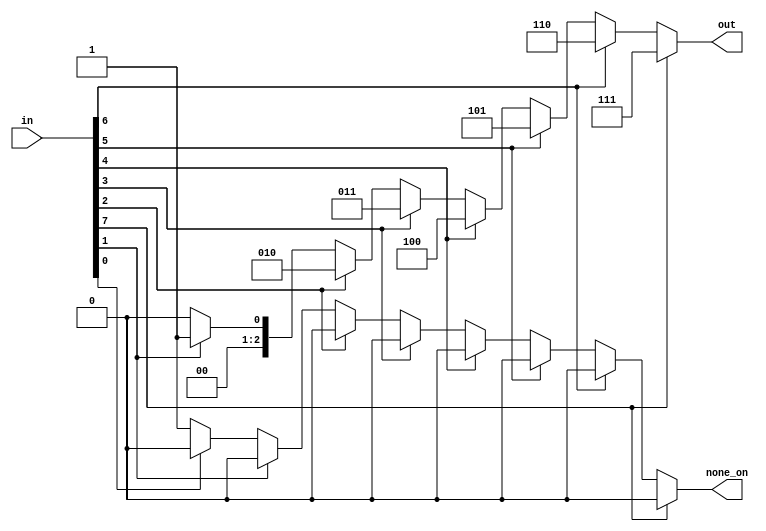
module encoder1(none_on , out , in ) ;
	output none_on ;
	output [2:0] out ;
	input [7:0] in ;
	reg [2:0] out ;
	reg none_on ;

	always @(in) 
	begin : local 
		integer i ;
		out = 0 ; 
		none_on = 1 ;
		for( i = 0 ; i < 8 ; i = i + 1 )
		begin 
			if( in[i] ) 
			begin 
				out = i ;
				none_on = 0 ;
			end 
		end 
	end
endmodule